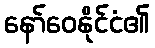
နော်ဝေနိုင်ငံ၏